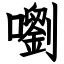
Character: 嚠